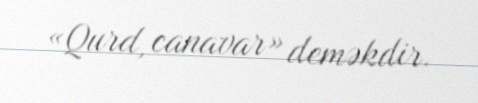
«Qurd, canavar» deməkdir.